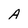
Character: A